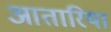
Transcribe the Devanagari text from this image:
आतारिया